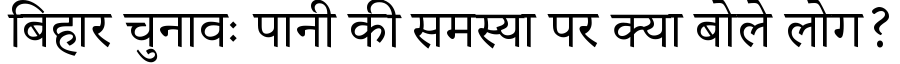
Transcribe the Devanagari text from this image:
बिहार चुनावः पानी की समस्या पर क्या बोले लोग?